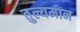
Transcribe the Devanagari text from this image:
तुल्यमान